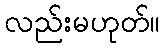
လည်းမဟုတ်။